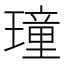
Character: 𤩔